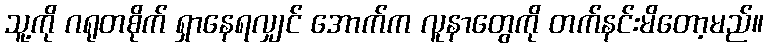
သူ့ကို ဂရုတစိုက် ရှာနေရလျှင် အောက်က လူနာတွေကို တက်နင်းမိတော့မည်။